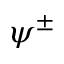
\psi ^ { \pm }